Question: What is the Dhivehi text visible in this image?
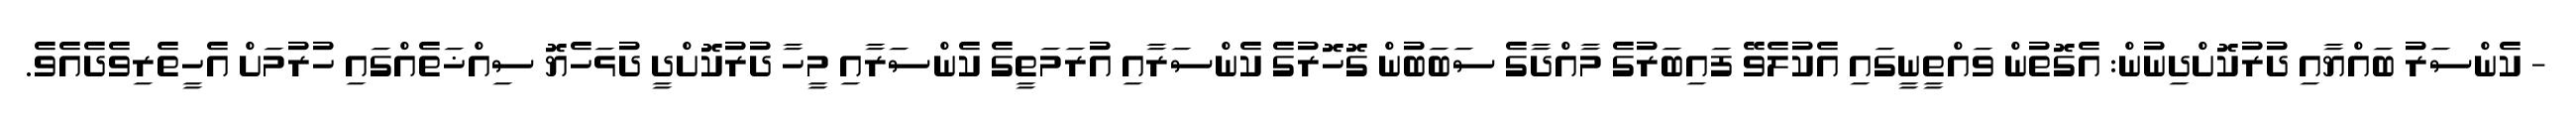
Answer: - ކެންސަރު ބައްޔާއި ދުރުކޮށްދިނުން: އެގޮތުން ވައްތީނީގައި އެކުލެވޭ ފައިބަރުގެ މާއްދާގެ ސަބަބުން ގޮހޮރުގެ ކެންސަރާއި އުރަމަތީގެ ކެންސަރާއި މީހާ ދުރުކޮށްދީ ދުޅަހެޔޮ ސިއްޚަތެއްގައި ހުރުމަށް އެހީތެރިވެދެއެވެ.